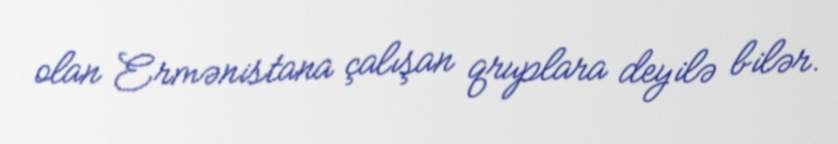
olan Ermənistana çalışan qruplara deyilə bilər.